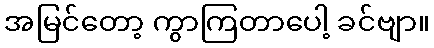
အမြင်တော့ ကွာကြတာပေါ့ ခင်ဗျာ။